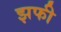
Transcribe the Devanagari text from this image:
झफी